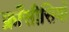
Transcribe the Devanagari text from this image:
फ्राँसीसियों